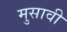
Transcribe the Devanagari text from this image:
मुसावी